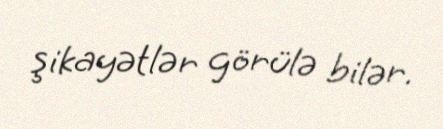
şikayətlər görülə bilər.